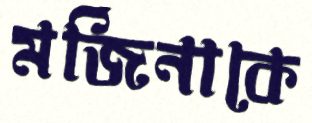
মর্জিনাকে